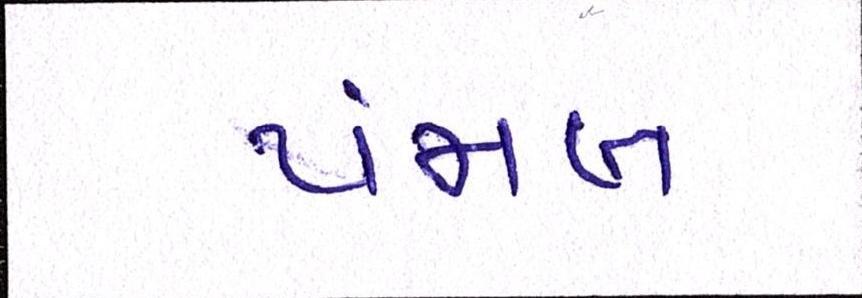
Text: પંજાબ